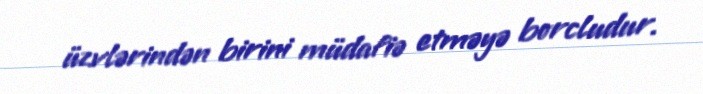
üzvlərindən birini müdafiə etməyə borcludur.